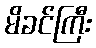
မိခင်ကြီး